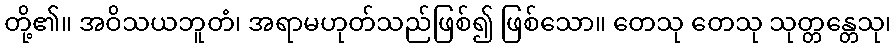
တို့၏။ အဝိသယဘူတံ၊ အရာမဟုတ်သည်ဖြစ်၍ ဖြစ်သော။ တေသု တေသု သုတ္တန္တေသု၊